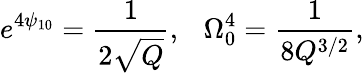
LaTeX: e^{4\psi_{10}}=\frac{1}{2\sqrt{Q}},~~~\Omega_{0}^{4}=\frac{1}{8Q^{3/2}},